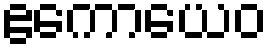
ဧကောယေဝ